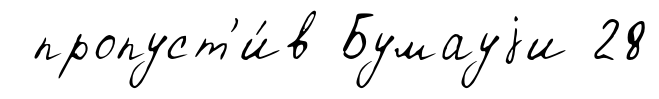
пропуст'и́в Бумауjи 28